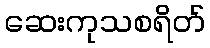
ဆေးကုသစရိတ်